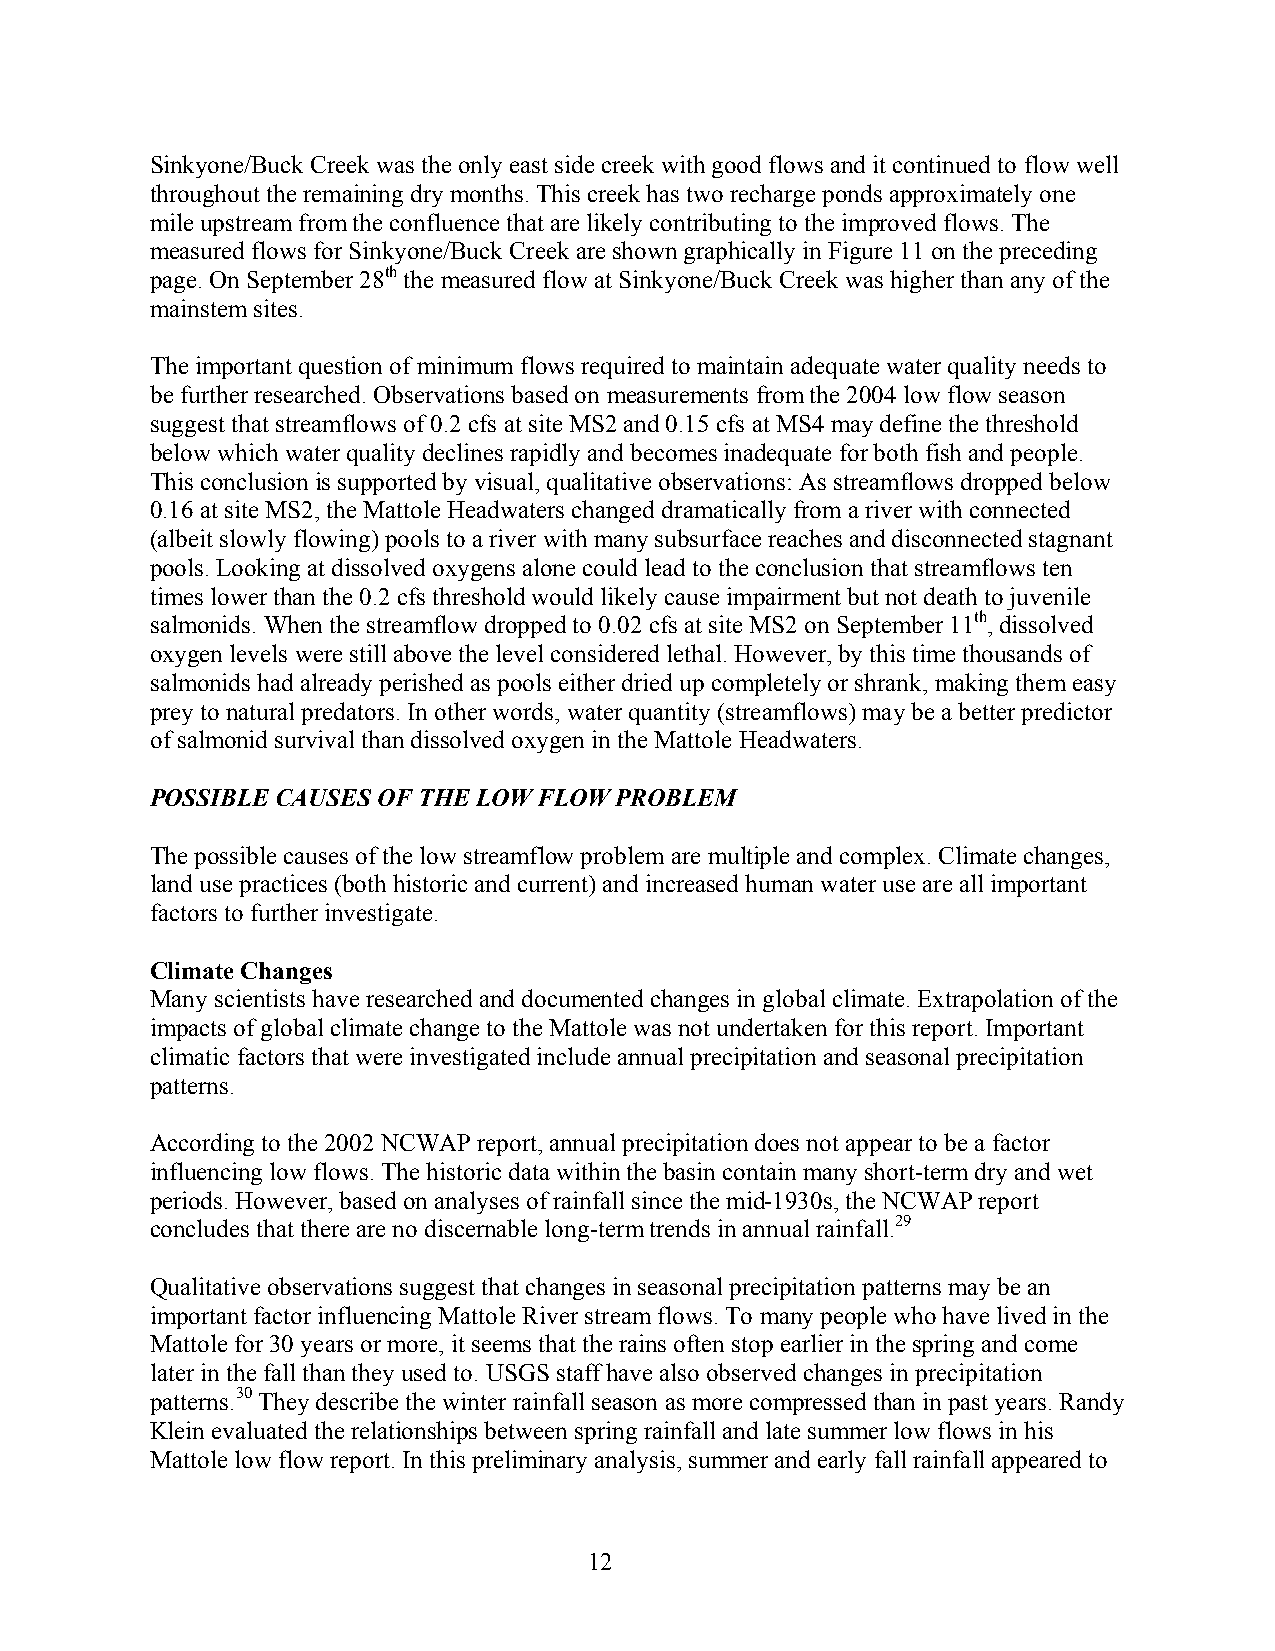
Sinkyone/Buck Creek was the only east side creek with good flows and it continued to flow well
 throughout the remaining dry months. This creek has two recharge ponds approximately one
 mile upstream from the confluence that are likely contributing to the improved flows. The
 measured flows for Sinkyone/Buck Creek are shown graphically in Figure 11 on the preceding
 page. On September 28th the measured flow at Sinkyone/Buck Creek was higher than any of the
 mainstem sites.
 The important question of minimum flows required to maintain adequate water quality needs to
 be further researched. Observations based on measurements from the 2004 low flow season
 suggest that streamflows of 0.2 cfs at site MS2 and 0.15 cfs at MS4 may define the threshold
 below which water quality declines rapidly and becomes inadequate for both fish and people.
 This conclusion is supported by visual, qualitative observations: As streamflows dropped below
 0.16 at site MS2, the Mattole Headwaters changed dramatically from a river with connected
 (albeit slowly flowing) pools to a river with many subsurface reaches and disconnected stagnant
 pools. Looking at dissolved oxygens alone could lead to the conclusion that streamflows ten
 times lower than the 0.2 cfs threshold would likely cause impairment but not death to juvenile
 salmonids. When the streamflow dropped to 0.02 cfs at site MS2 on September 11th, dissolved
 oxygen levels were still above the level considered lethal. However, by this time thousands of
 salmonids had already perished as pools either dried up completely or shrank, making them easy
 prey to natural predators. In other words, water quantity (streamflows) may be a better predictor
 of salmonid survival than dissolved oxygen in the Mattole Headwaters.
 POSSIBLE CAUSES OF THE LOW FLOW PROBLEM
 The possible causes of the low streamflow problem are multiple and complex. Climate changes,
 land use practices (both historic and current) and increased human water use are all important
 factors to further investigate.
 Climate Changes
 Many scientists have researched and documented changes in global climate. Extrapolation of the
 impacts of global climate change to the Mattole was not undertaken for this report. Important
 climatic factors that were investigated include annual precipitation and seasonal precipitation
 patterns.
 According to the 2002 NCWAP report, annual precipitation does not appear to be a factor
 influencing low flows. The historic data within the basin contain many short-term dry and wet
 periods. However, based on analyses of rainfall since the mid-1930s, the NCWAP report
 concludes that there are no discernable long-term trends in annual rainfall.29
 Qualitative observations suggest that changes in seasonal precipitation patterns may be an
 important factor influencing Mattole River stream flows. To many people who have lived in the
 Mattole for 30 years or more, it seems that the rains often stop earlier in the spring and come
 later in the fall than they used to. USGS staff have also observed changes in precipitation
 patterns.30 They describe the winter rainfall season as more compressed than in past years. Randy
 Klein evaluated the relationships between spring rainfall and late summer low flows in his
 Mattole low flow report. In this preliminary analysis, summer and early fall rainfall appeared to
 12